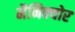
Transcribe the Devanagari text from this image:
मैनिक्‍योर